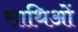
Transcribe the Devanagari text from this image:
साथिओं